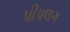
પીપલગ